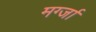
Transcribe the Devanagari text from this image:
मर्ग्जा